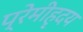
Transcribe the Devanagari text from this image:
प्रेमीहृदय